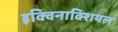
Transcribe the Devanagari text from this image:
इक्विनाक्शियल